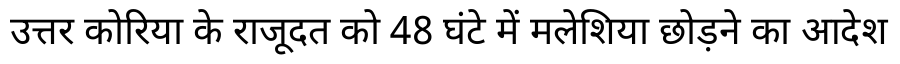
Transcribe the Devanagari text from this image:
उत्तर कोरिया के राजूदत को 48 घंटे में मलेशिया छोड़ने का आदेश